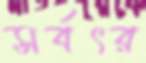
সর্বৎর